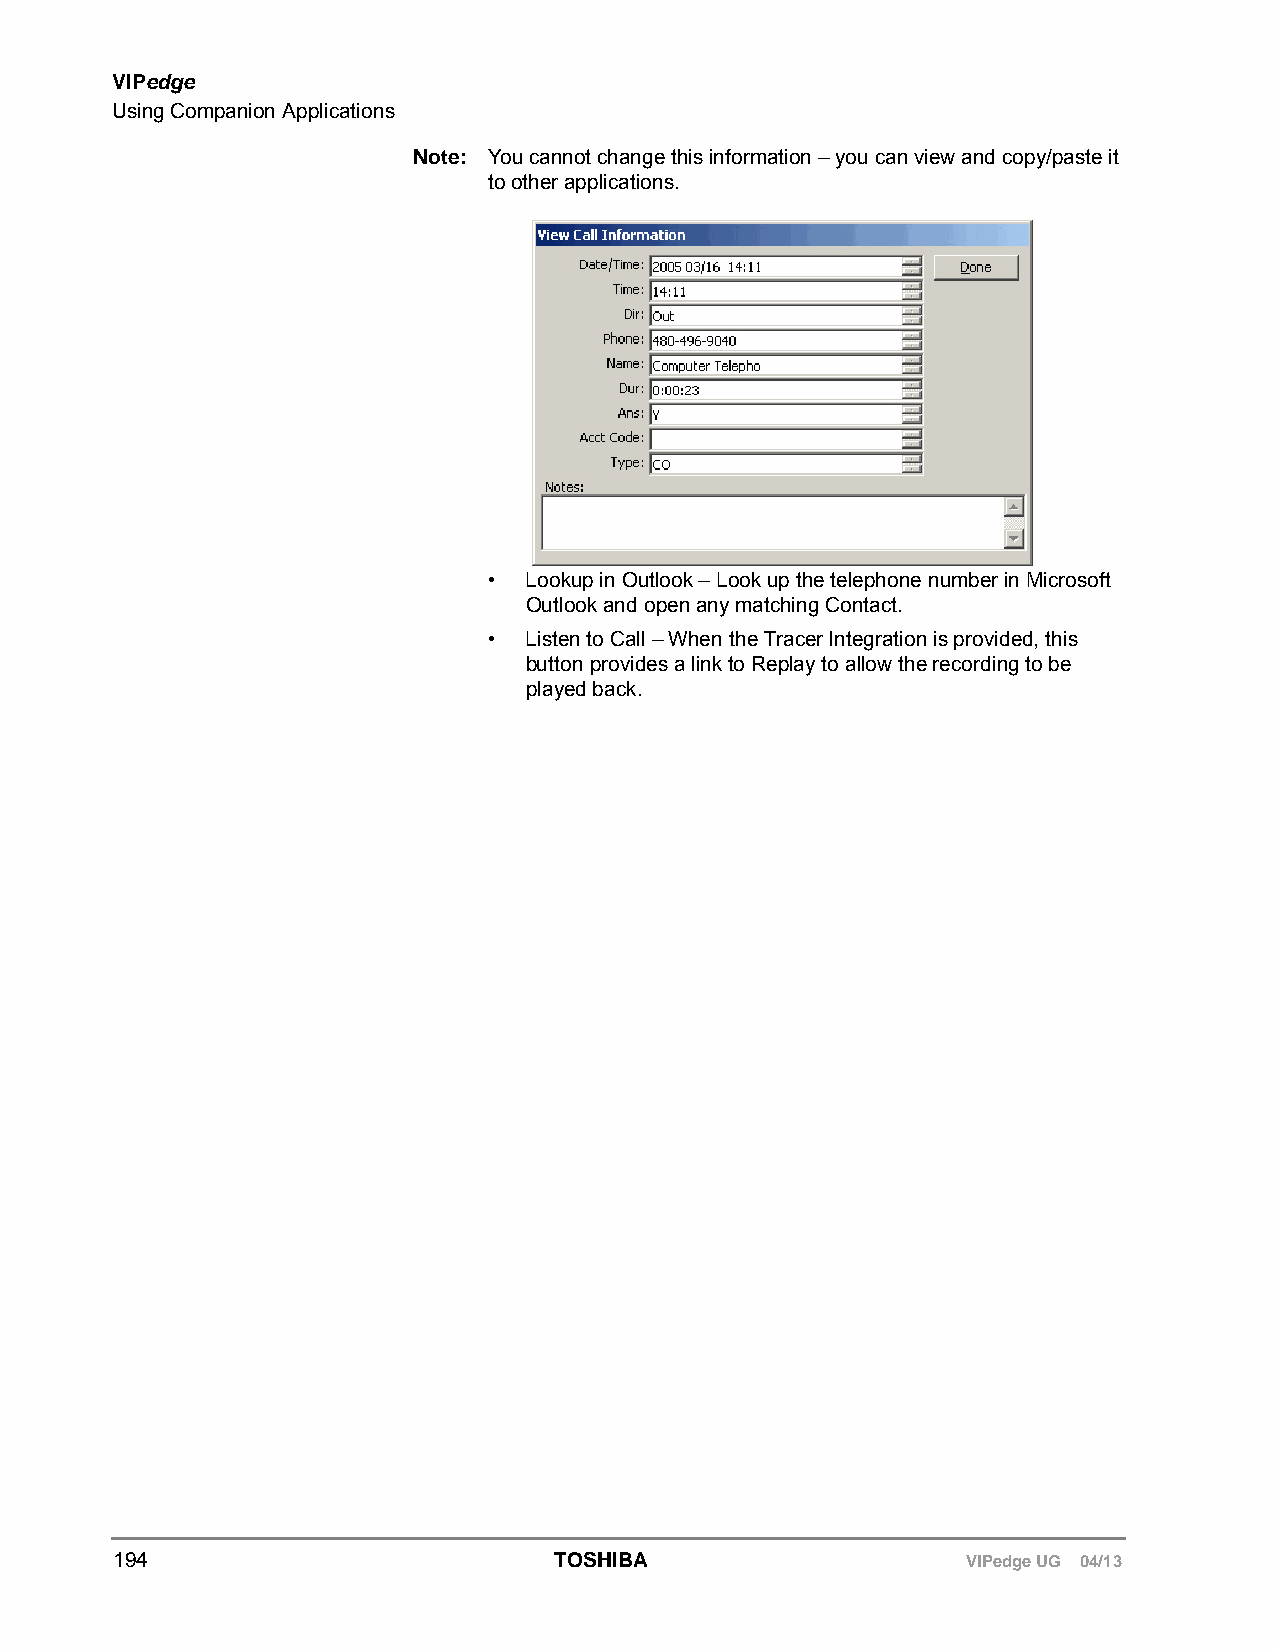
VIPedge
 Using Companion Applications
 Note: You cannot change this information – you can view and copy/paste it
 to other applications.
 •  Lookup in Outlook – Look up the telephone number in Microsoft
 Outlook and open any matching Contact.
 •  Listen to Call – When the Tracer Integration is provided, this
 button provides a link to Replay to allow the recording to be
 played back.
 194                          TOSHIBA                    VIPedge UG 04/13